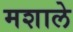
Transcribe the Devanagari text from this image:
मशाले